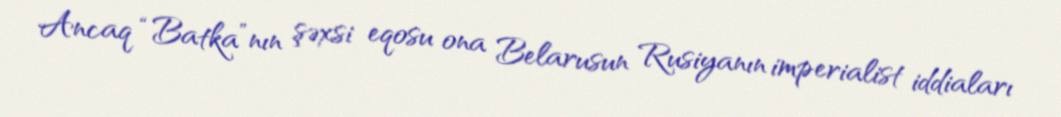
Ancaq “Batka”nın şəxsi eqosu ona Belarusun Rusiyanın imperialist iddiaları